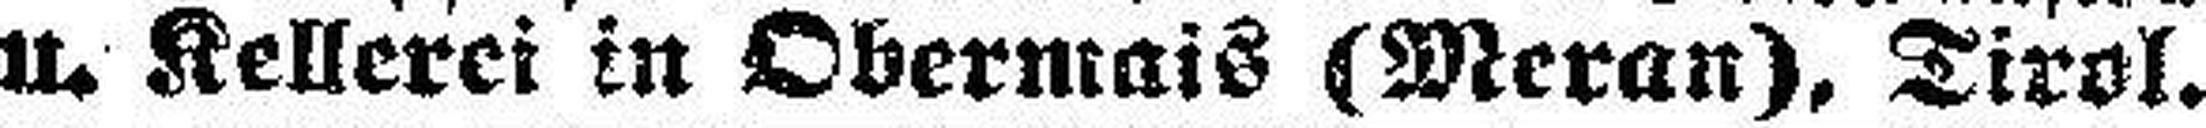
u. Kellerei in Obermais (Meran), Tirol.